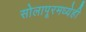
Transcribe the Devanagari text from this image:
सोलापूरमध्येही